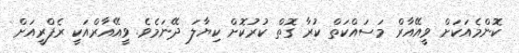
ކޮންމެއަކަށް ވީއޭއާރް މަސައްކަތް ކުރާ ގޮތް ކުރުކޮށް ކިޔާލަ ދޭނަމެވެ. ވީއޭއާރްއަކީ ރެފްރީއަށް